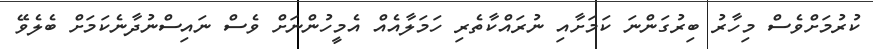
ކުރުމަށްވެސް މިހާރު ބިރުގަންނަ ކަމަށާއި ނުރައްކާތެރި ހަމަލާއެއް އެމީހުންނަށް ވެސް ނައިސްނުދާނެކަމަށް ބެލެވޭ